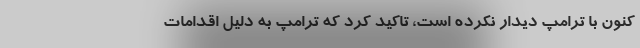
کنون با ترامپ دیدار نکرده است، تاکید کرد که ترامپ به دلیل اقدامات